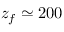
z _ { f } \simeq 2 0 0